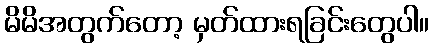
မိမိအတွက်တော့ မှတ်ထားရခြင်းတွေပါ။